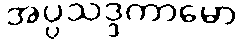
အပ္ပသဒ္ဒကာမော